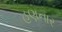
હણનાર